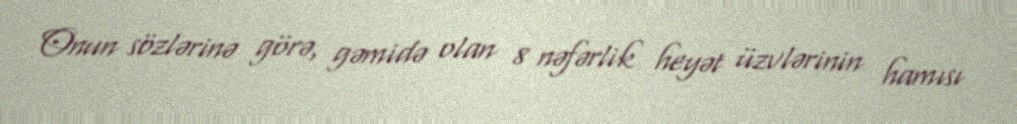
Onun sözlərinə görə, gəmidə olan 8 nəfərlik heyət üzvlərinin hamısı